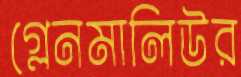
গ্লেনমালিউর